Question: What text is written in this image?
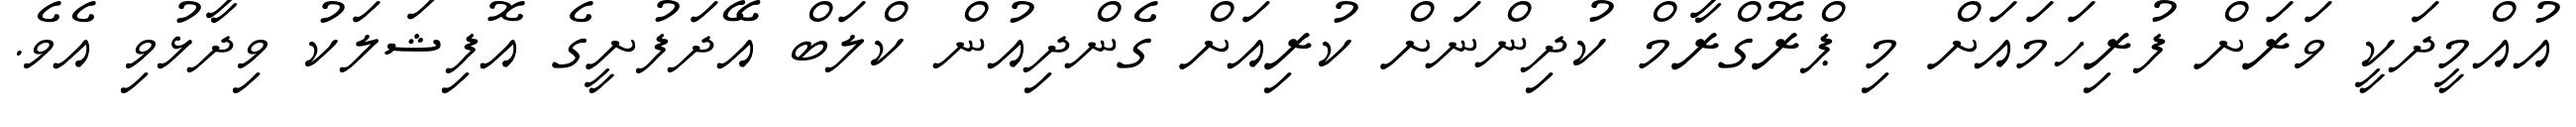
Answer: އުއްމީދަކީ ވަރަށް ފުރިހަމައަށް މި ޕްރޮގްރާމް ކުދިންނަށް ކުރިއަށް ގެންދިއުން ކްލަބް އޭދަފުށީގެ އޮފިޝަލަކު ވިދާޅުވި އެވެ.